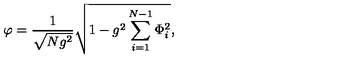
\varphi = { \frac { 1 } { \sqrt { N g ^ { 2 } } } } \sqrt { 1 - g ^ { 2 } \sum _ { i = 1 } ^ { N - 1 } \Phi _ { i } ^ { 2 } } ,